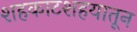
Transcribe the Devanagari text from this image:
शहकाटशहयातून